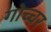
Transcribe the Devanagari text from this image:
गोच्चर